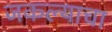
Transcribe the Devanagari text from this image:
जिंकल्याचा